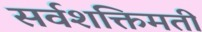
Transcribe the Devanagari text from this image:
सर्वशक्तिमती